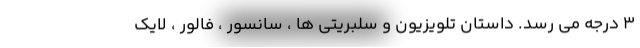
۳ درجه می رسد. داستان تلویزیون و سلبریتی‌ ها ، سانسور ، فالور ، لایک